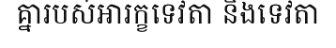
គ្នារបស់អារក្ខទេវតា និងទេវតា